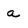
Character: a